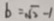
b = \sqrt { 2 } - 1